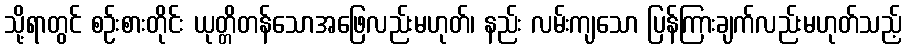
သို့ရာတွင် စဉ်းစားတိုင်း ယုတ္တိတန်သောအဖြေလည်းမဟုတ်၊ နည်း လမ်းကျသော ပြန်ကြားချက်လည်းမဟုတ်သည့်